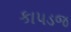
કાપડજ